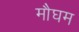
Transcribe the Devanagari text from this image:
मौघम